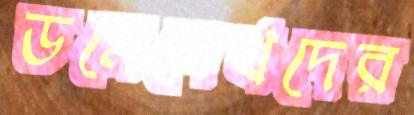
ডমেনেখদের